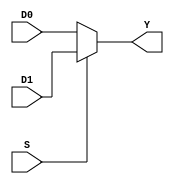
module mux2to1 #(parameter DW = 32)(
output reg [DW-1:0] Y,
input S,
input [DW-1:0] D0, D1
);

always @(S or D1 or D0)
begin

	if (S)
	Y = D1;
	else
	Y = D0;
end 

endmodule